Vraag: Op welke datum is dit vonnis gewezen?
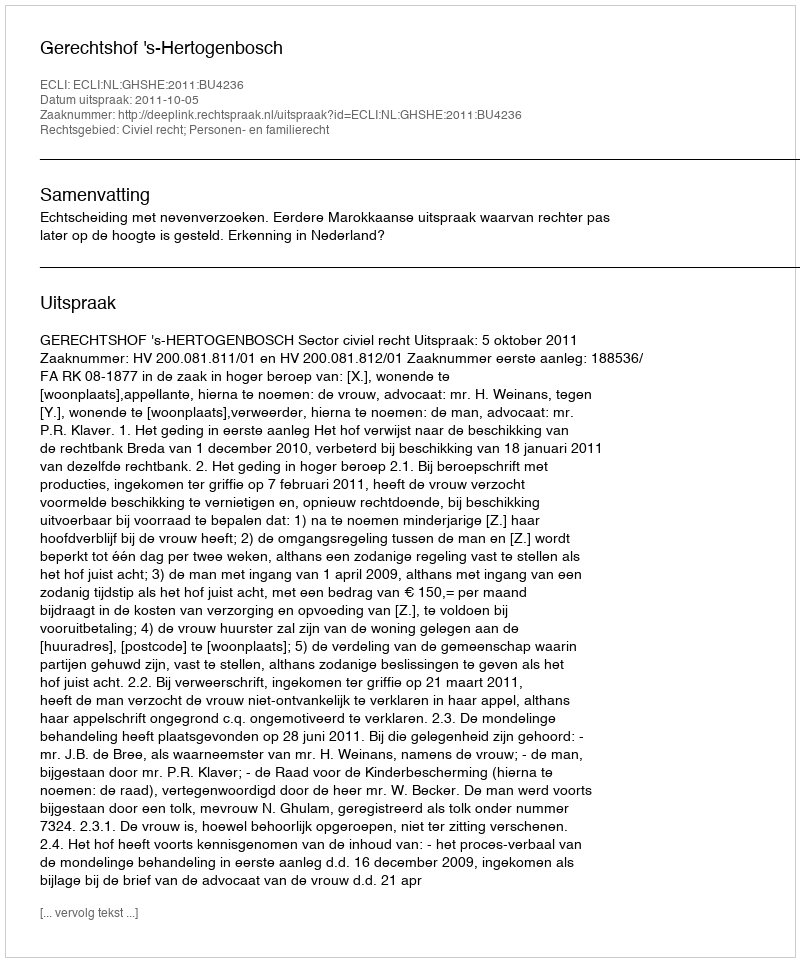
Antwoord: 2011-10-05